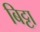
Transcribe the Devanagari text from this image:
बिट्टा